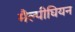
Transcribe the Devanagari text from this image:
मैल्पीघियन